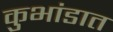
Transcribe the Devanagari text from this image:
कुभांडात